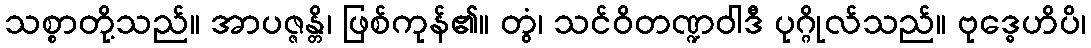
သစ္စာတို့သည်။ အာပဇ္ဇန္တိ၊ ဖြစ်ကုန်၏။ တွံ၊ သင်ဝိတဏ္ဍဝါဒီ ပုဂ္ဂိုလ်သည်။ ဗုဒ္ဓေဟိပိ၊